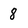
Character: 8